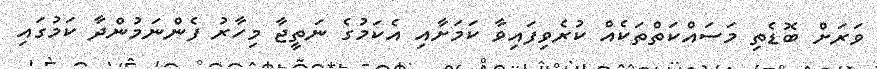
ވަރަށް ބޮޑެތި މަސައްކަތްތަކެއް ކުރެވިފައިވާ ކަމަށާއި އެކަމުގެ ނަތީޖާ މިހާރު ފެންނަމުންދާ ކަމުގައި